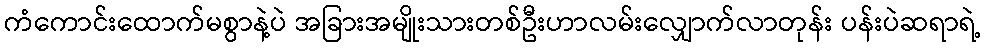
ကံကောင်းထောက်မစွာနဲ့ပဲ အခြားအမျိုးသားတစ်ဦးဟာလမ်းလျှောက်လာတုန်း ပန်းပဲဆရာရဲ့